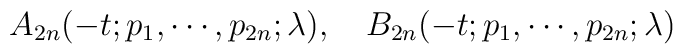
A_{2n} (-t;p_1,\cdots,p_{2n};\lambda),\quad B_{2n} (-t;p_1,\cdots,p_{2n}; \lambda)